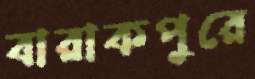
বারাকপুরে